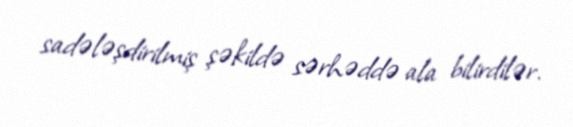
sadələşdirilmiş şəkildə sərhəddə ala bilirdilər.